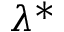
\lambda ^ { * }